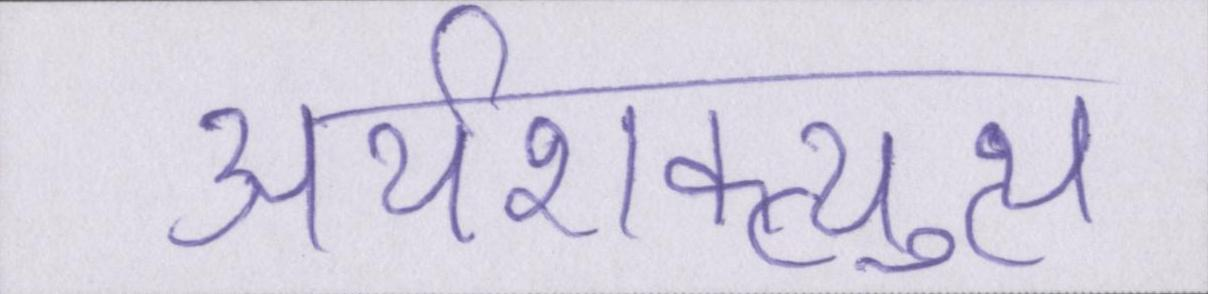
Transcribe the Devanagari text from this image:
अर्थशक्त्युत्थ